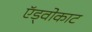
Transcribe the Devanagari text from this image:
ऍड्वोकाट